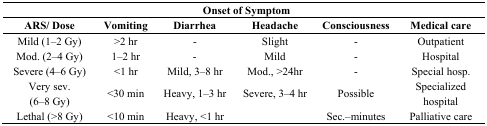
|  | <COLSPAN=4> Onset of Symptom |  |
 | ARS/ Dose | Vomiting | Diarrhea | Headache | Consciousness | Medical care |
 | --- | --- | --- | --- | --- | --- |
 | Mild (1–2 Gy) | >2 hr | - | Slight | - | Outpatient |
 | Mod. (2–4 Gy) | 1–2 hr | - | Mild | - | Hospital |
 | Severe (4–6 Gy) | <1 hr | Mild, 3–8 hr | Mod., >24hr | - | Special hosp. |
 | Very sev. (6–8 Gy) | <30 min | Heavy, 1–3 hr | Severe, 3–4 hr | Possible | Specialized hospital |
 | Lethal (>8 Gy) | <10 min | Heavy, <1 hr |  | Sec.–minutes | Palliative care |